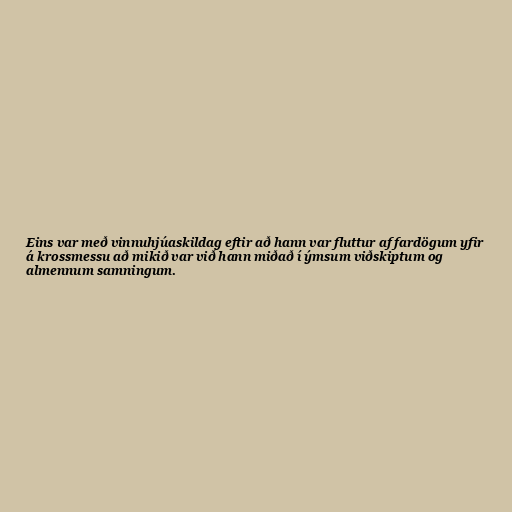
Eins var með vinnuhjúaskildag eftir að hann var fluttur af fardögum yfir
á krossmessu að mikið var við hann miðað í ýmsum viðskiptum og
almennum samningum.